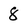
Character: 8